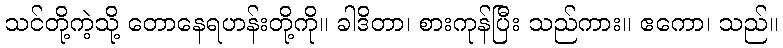
သင်တို့ကဲ့သို့ တောနေရဟန်းတို့ကို။ ခါဒိတာ၊ စားကုန်ပြီး သည်ကား။ ဧကော၊ သည်။